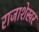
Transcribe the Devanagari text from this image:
राजाशेखर